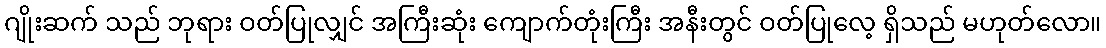
ဂျိုးဆက် သည် ဘုရား ဝတ်ပြုလျှင် အကြီးဆုံး ကျောက်တုံးကြီး အနီးတွင် ဝတ်ပြုလေ့ ရှိသည် မဟုတ်လော။